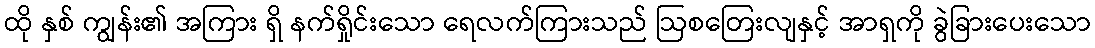
ထို နှစ် ကျွန်း၏ အကြား ရှိ နက်ရှိုင်းသော ရေလက်ကြားသည် ဩစတြေးလျနှင့် အာရှကို ခွဲခြားပေးသော